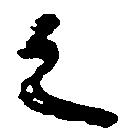
之